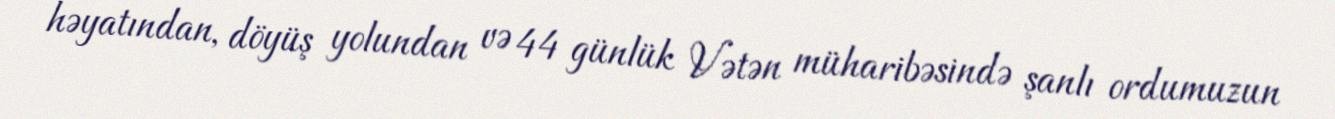
həyatından, döyüş yolundan və 44 günlük Vətən müharibəsində şanlı ordumuzun